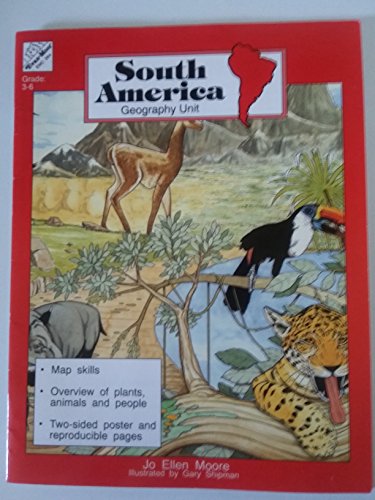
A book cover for South America (Geography Mini-Unit Series); Jo Ellen Moore; Children's Books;